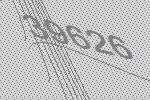
39626